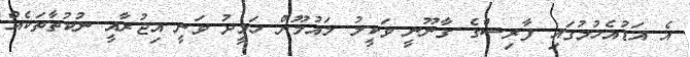
އެ އަޑުއެހުމުގައި ފާރިސްގެ ގާނޫނީ ވަކީލު މައުމޫން ހަމީދު ވަނީ އިޖުރާއީ ނުކުތާތަކެއް